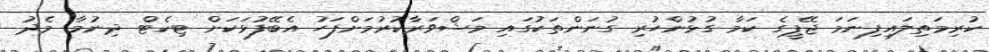
ކުރިމަތިލައިފިނަމަ ޖޭޕީގެ ކަމާ ގުޅުންހުރި ގުނަންތަކުގައި މަޝްވަރާކުރުމަށްފަހު އެބޭފުޅަކަށް ޓިކެޓް ދިނުމާ މެދު